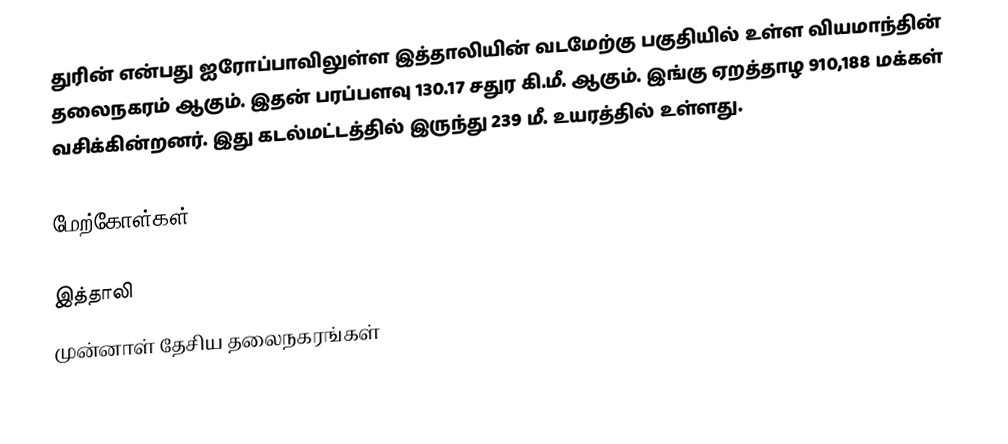
துரின் என்பது ஐரோப்பாவிலுள்ள இத்தாலியின் வடமேற்கு பகுதியில் உள்ள வியமாந்தின் தலைநகரம் ஆகும். இதன் பரப்பளவு 130.17 சதுர கி.மீ. ஆகும். இங்கு ஏறத்தாழ 910,188 மக்கள் வசிக்கின்றனர். இது கடல்மட்டத்தில் இருந்து 239 மீ. உயரத்தில் உள்ளது.

மேற்கோள்கள்

இத்தாலி
முன்னாள் தேசிய தலைநகரங்கள்